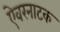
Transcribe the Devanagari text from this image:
ऐवरनाटक